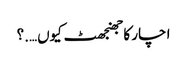
ا چار کا جھنجھٹ کیوں….؟